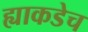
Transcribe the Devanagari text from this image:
ह्याकडेच